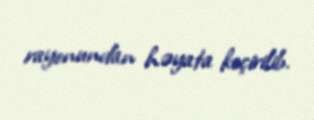
rayonundan həyata keçirilib.